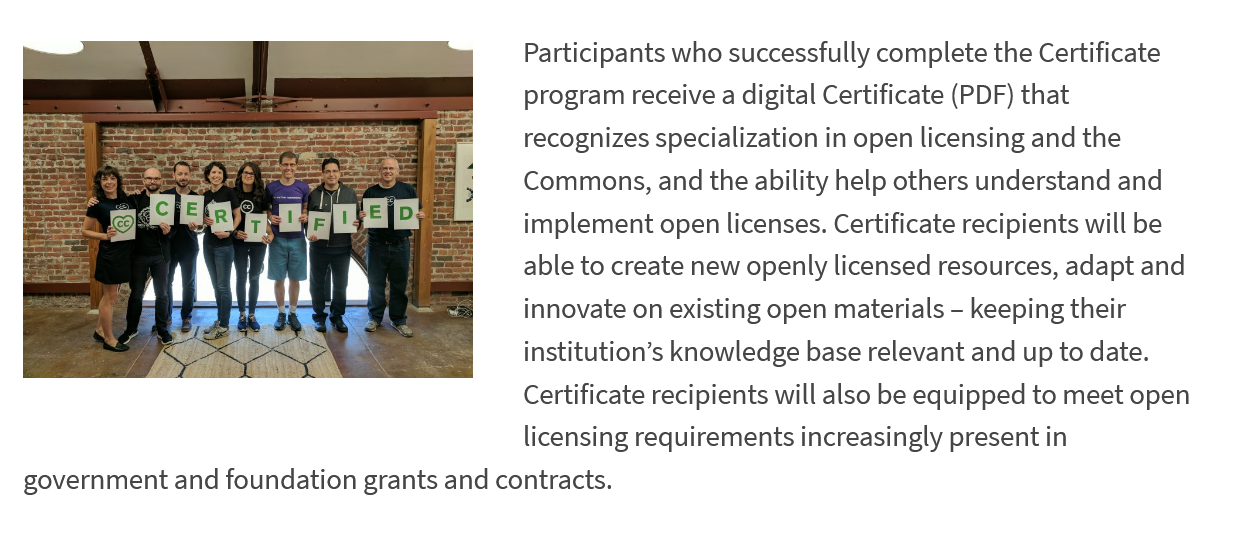
Participants who successfully complete the Certificate
     program receive a digital Certificate (PDF) that
     :
     recognizes specialization in open licensing and the
     g,
     Commons, and the ability help others understand and
     =    eS
     Tyee    Meteo)
     A i N | r!
     ;
     |
     | h
     able to create new openly licensed resources, adapt and
     innovate on existing open materials
     - keeping their
     implement open licenses. Certificate recipients will be

     institution’s knowledge base relevant and up to date.
     Certificate recipients will also be equipped to meet open
     licensing requirements increasingly present in
  government and foundation grants and contracts.